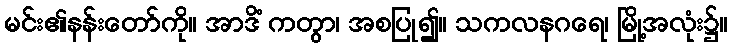
မင်း၏နန်းတော်ကို။ အာဒိံ ကတွာ၊ အစပြု၍။ သကလနဂရေ၊ မြို့အလုံး၌။